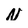
Character: N